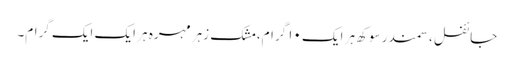
جائفل ،سمندر سوکھ ہر ایک ۱۰ گرام، مشک زہر مہرہ ہر ایک ایک گرام۔